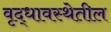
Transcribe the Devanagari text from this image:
वृद्धावस्थेतील